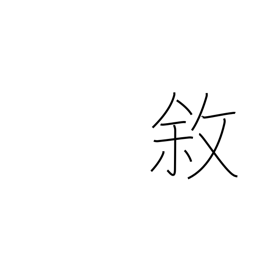
Meaning: state